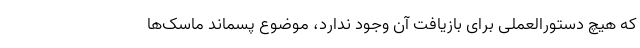
که هیچ دستورالعملی برای بازیافت آن وجود ندارد، موضوع پسماند ماسک‌ها